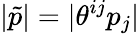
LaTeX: |\tilde{p}|=|\theta^{ij}p_{j}|